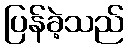
ပြန်ခဲ့သည်